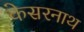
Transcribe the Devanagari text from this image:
केसरनाथ